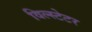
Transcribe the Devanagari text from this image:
विल्स्टेटर